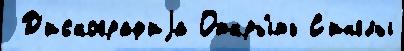
 Д'искограф'иjа Откры́ть С'инглы